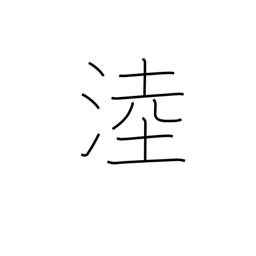
Meaning: name of a wetland